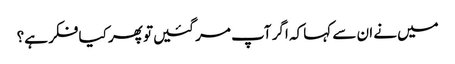
میں‌نے ان سے کہا کہ اگر آپ مر گئیں‌تو پھر کیا فکر ہے؟